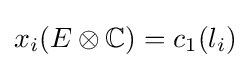
x_{i}(E\otimes \mathbb {C} )=c_{1}(l_{i})